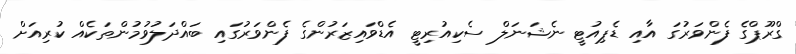
ގްރޫޕްގެ ފެންވަރުގަ އާއި ޑެޕިއުޓީ ނެޝަނަލް ސެކިއުރިޓީ އެޑްވައިޒަރުންގެ ފެންވަރުގައި ބައްދަލުވުމުންތަކެއް ކުރިއަށް